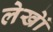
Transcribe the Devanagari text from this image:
लेखेां